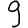
Digit: 9